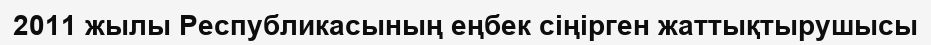
2011 жылы Республикасының еңбек сіңірген жаттықтырушысы